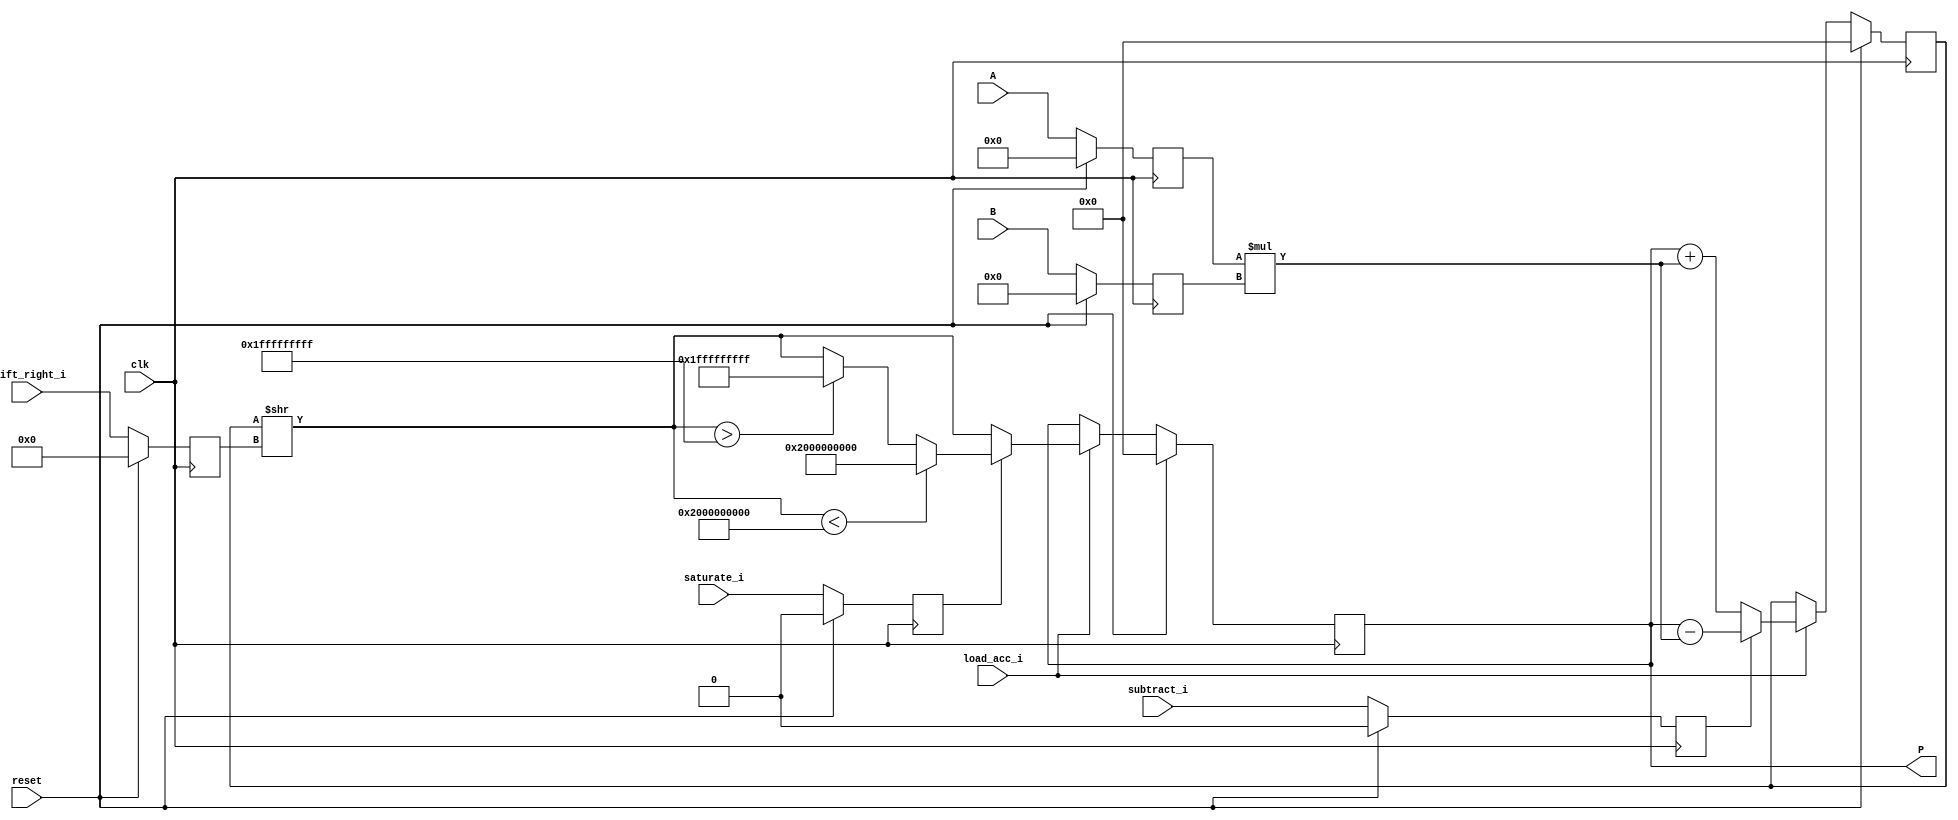
module accum_output_shifted_saturated_neg (clk, reset, subtract_i, load_acc_i, shift_right_i, saturate_i, A, B, P);

	input clk, reset, subtract_i, load_acc_i;
	input [5:0] shift_right_i;
	input saturate_i;
	input signed [19:0] A;
	input signed [17:0] B;
	output reg signed [63:0] P;
	reg signed [63:0] out, out_shift;
	reg signed [19:0] i1;
	reg signed [17:0] i2;
	reg subtract_i_reg;
	reg [5:0] shift_right_i_reg;
	reg saturate_i_reg;
	reg signed [63:0] mul, add_or_sub;

	always @(negedge clk) begin
		if(reset == 1) begin
			i1 <= 0;
			i2 <= 0;
			subtract_i_reg <= 0;
			shift_right_i_reg <= 0;
			saturate_i_reg <= 0;
			//saturate_i_reg <= 0;
		end
		else begin
			i1 <= A;
			i2 <= B;
			subtract_i_reg <= subtract_i;
			shift_right_i_reg <= shift_right_i;
			saturate_i_reg <= saturate_i;
			// round_i_reg <= round_i;		
		end
	end
	always @(negedge clk) begin
		if (reset ==1 )
			P <= 0;
		else if (load_acc_i)
			P <= out;
		else
			P <= P;
	end

	always @ (*)  begin
		mul  = i1 * i2;
	end

	always @ (negedge clk)  begin
		if (reset == 1)
			add_or_sub <= 0;
		else if (load_acc_i) begin
			if (subtract_i_reg)
				add_or_sub <= P - mul;
			else
				add_or_sub <= P + mul;
		end
		else
			add_or_sub <= add_or_sub;
	end

	always @ (*)  begin
		out_shift = add_or_sub >>shift_right_i_reg;
		//if (shift_right_i_reg != 0) begin
			if (saturate_i_reg == 1) begin
				if (out_shift < $signed(- 64'h2000000000 ))		//underflow
					out =  64'h20_0000_0000;
				else if (out_shift > $signed(64'h1FFFFFFFFF))	//overflow
					out = 64'h01fffffffff;
				else
					out = out_shift;
			end
			else
				out = out_shift;
		//end
		
		// else
		// 	out = out_shift;

	end

endmodule